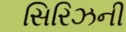
સિરિઝની